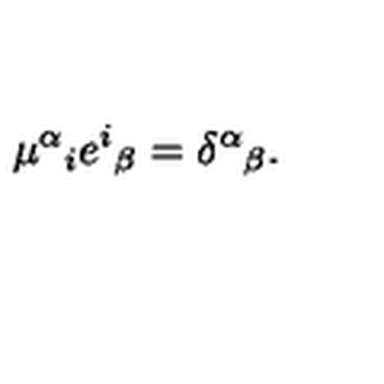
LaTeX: \mu ^ { \alpha } { } _ { i } e ^ { i } { } _ { \beta } = \delta ^ { \alpha } { } _ { \beta } .